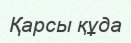
Қарсы құда